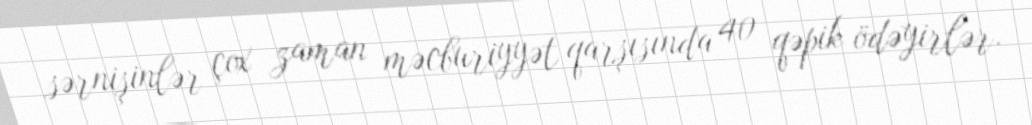
sərnişinlər çox zaman məcburiyyət qarşısında 40 qəpik ödəyirlər.